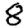
Digit: 8